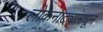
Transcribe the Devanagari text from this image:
लोकनाट्यांमधून